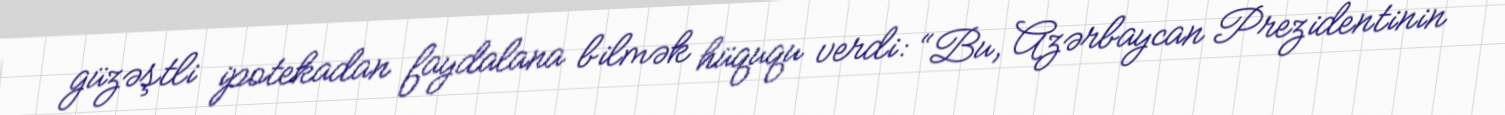
güzəştli ipotekadan faydalana bilmək hüququ verdi: “Bu, Azərbaycan Prezidentinin